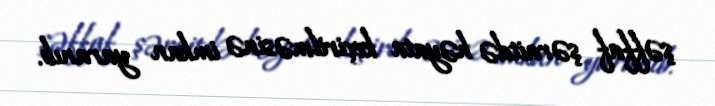
şəffaf şəraitdə həyata keçirilməsinə imkan yaranıb.